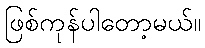
ဖြစ်ကုန်ပါတော့မယ်။